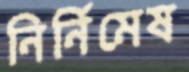
নির্নিমেষ